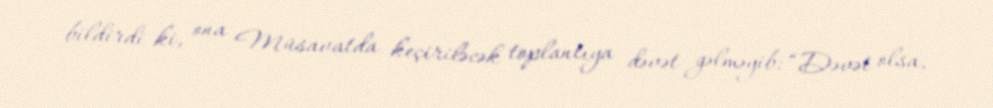
bildirdi ki, ona Müsavatda keçiriləcək toplantıya dəvət gəlməyib: “Dəvət olsa,